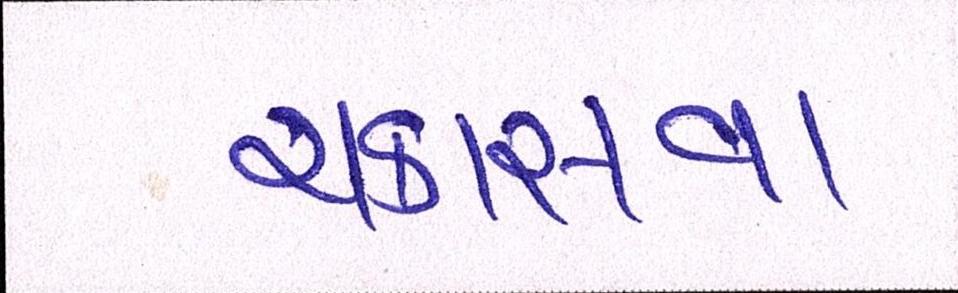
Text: ચકાસવા